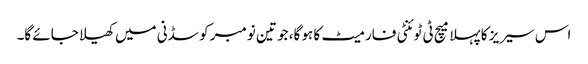
اس سیریز کا پہلا میچ ٹی ٹوئنٹی فارمیٹ کا ہو گا، جو تین نومبر کو سڈنی میں کھیلا جائے گا۔